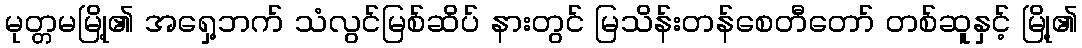
မုတ္တမမြို့၏ အရှေ့ဘက် သံလွင်မြစ်ဆိပ် နားတွင် မြသိန်းတန်စေတီတော် တစ်ဆူနှင့် မြို့၏